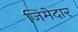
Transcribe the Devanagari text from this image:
जिमेदार